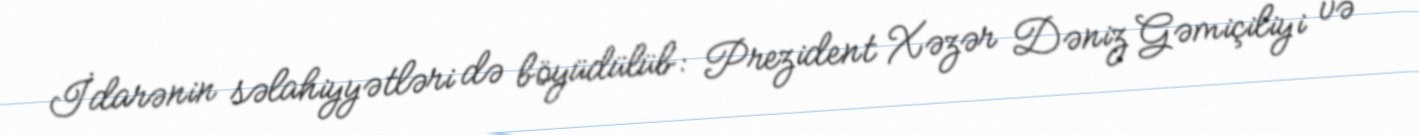
İdarənin səlahiyyətləri də böyüdülüb: Prezident Xəzər Dəniz Gəmiçiliyi və